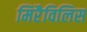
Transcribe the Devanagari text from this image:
मिरैविलिस